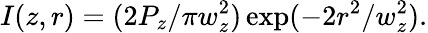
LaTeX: I(z,r)=(2P_{z}/\pi w_{z}^{2})\exp(-2r^{2}/w_{z}^{2}).